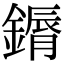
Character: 䥎